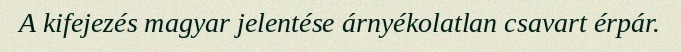
A kifejezés magyar jelentése árnyékolatlan csavart érpár.